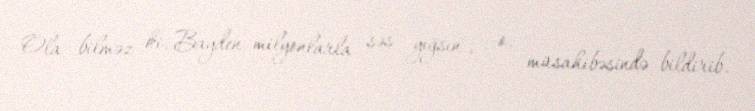
Ola bilməz ki, Bayden milyonlarla səs yığsın", - o, müsahibəsində bildirib.